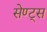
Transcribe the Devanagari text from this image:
सेण्ट्स